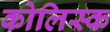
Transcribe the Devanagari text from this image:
कोलिस्क